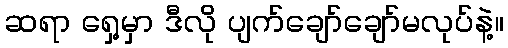
ဆရာ ရှေ့မှာ ဒီလို ပျက်ချော်ချော်မလုပ်နဲ့။